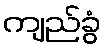
ကျည်ခွံ